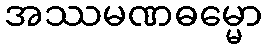
အဿမဏဓမ္မော